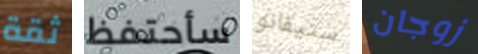
ثقة سأحتفظ ستيفانو زوجان